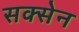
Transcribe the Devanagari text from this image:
सक्सेन